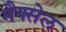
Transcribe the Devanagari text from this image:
मैक्सेल